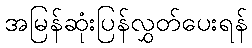
အမြန်ဆုံးပြန်လွှတ်ပေးရန်